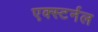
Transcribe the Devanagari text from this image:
एक्स्टर्नल